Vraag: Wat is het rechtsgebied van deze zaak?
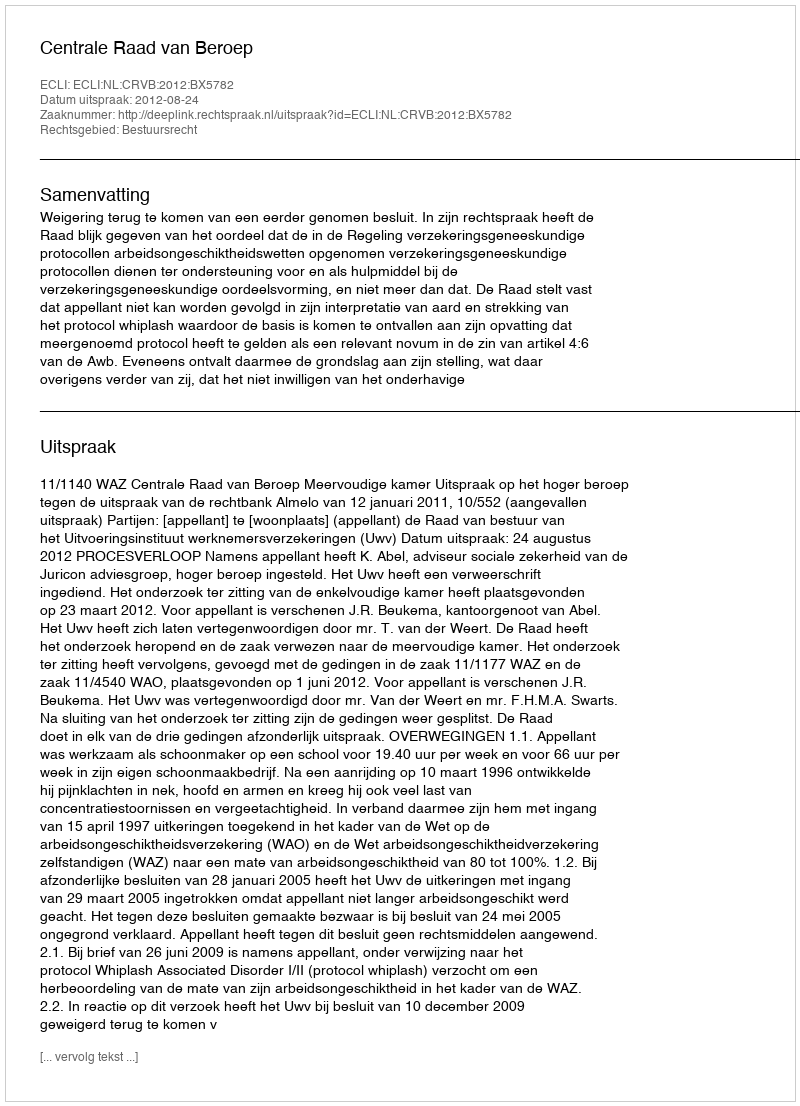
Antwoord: Bestuursrecht